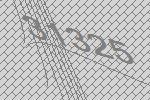
31325